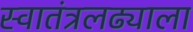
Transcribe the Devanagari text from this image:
स्वातंत्रलढ्याला